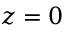
z = 0